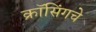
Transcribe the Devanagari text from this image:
क्रॉसिंगचे